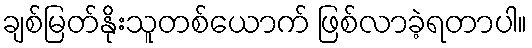
ချစ်မြတ်နိုးသူတစ်ယောက် ဖြစ်လာခဲ့ရတာပါ။